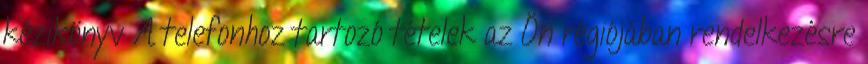
kézikönyv A telefonhoz tartozó tételek az Ön régiójában rendelkezésre